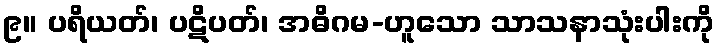
၉။ ပရိယတ်၊ ပဋိပတ်၊ အဓိဂမ-ဟူသော သာသနာသုံးပါးကို